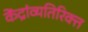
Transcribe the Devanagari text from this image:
केंद्रांव्यतिरिक्त